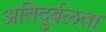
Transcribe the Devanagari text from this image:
अतिदुर्बलता